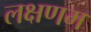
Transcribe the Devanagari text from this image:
लक्षणम